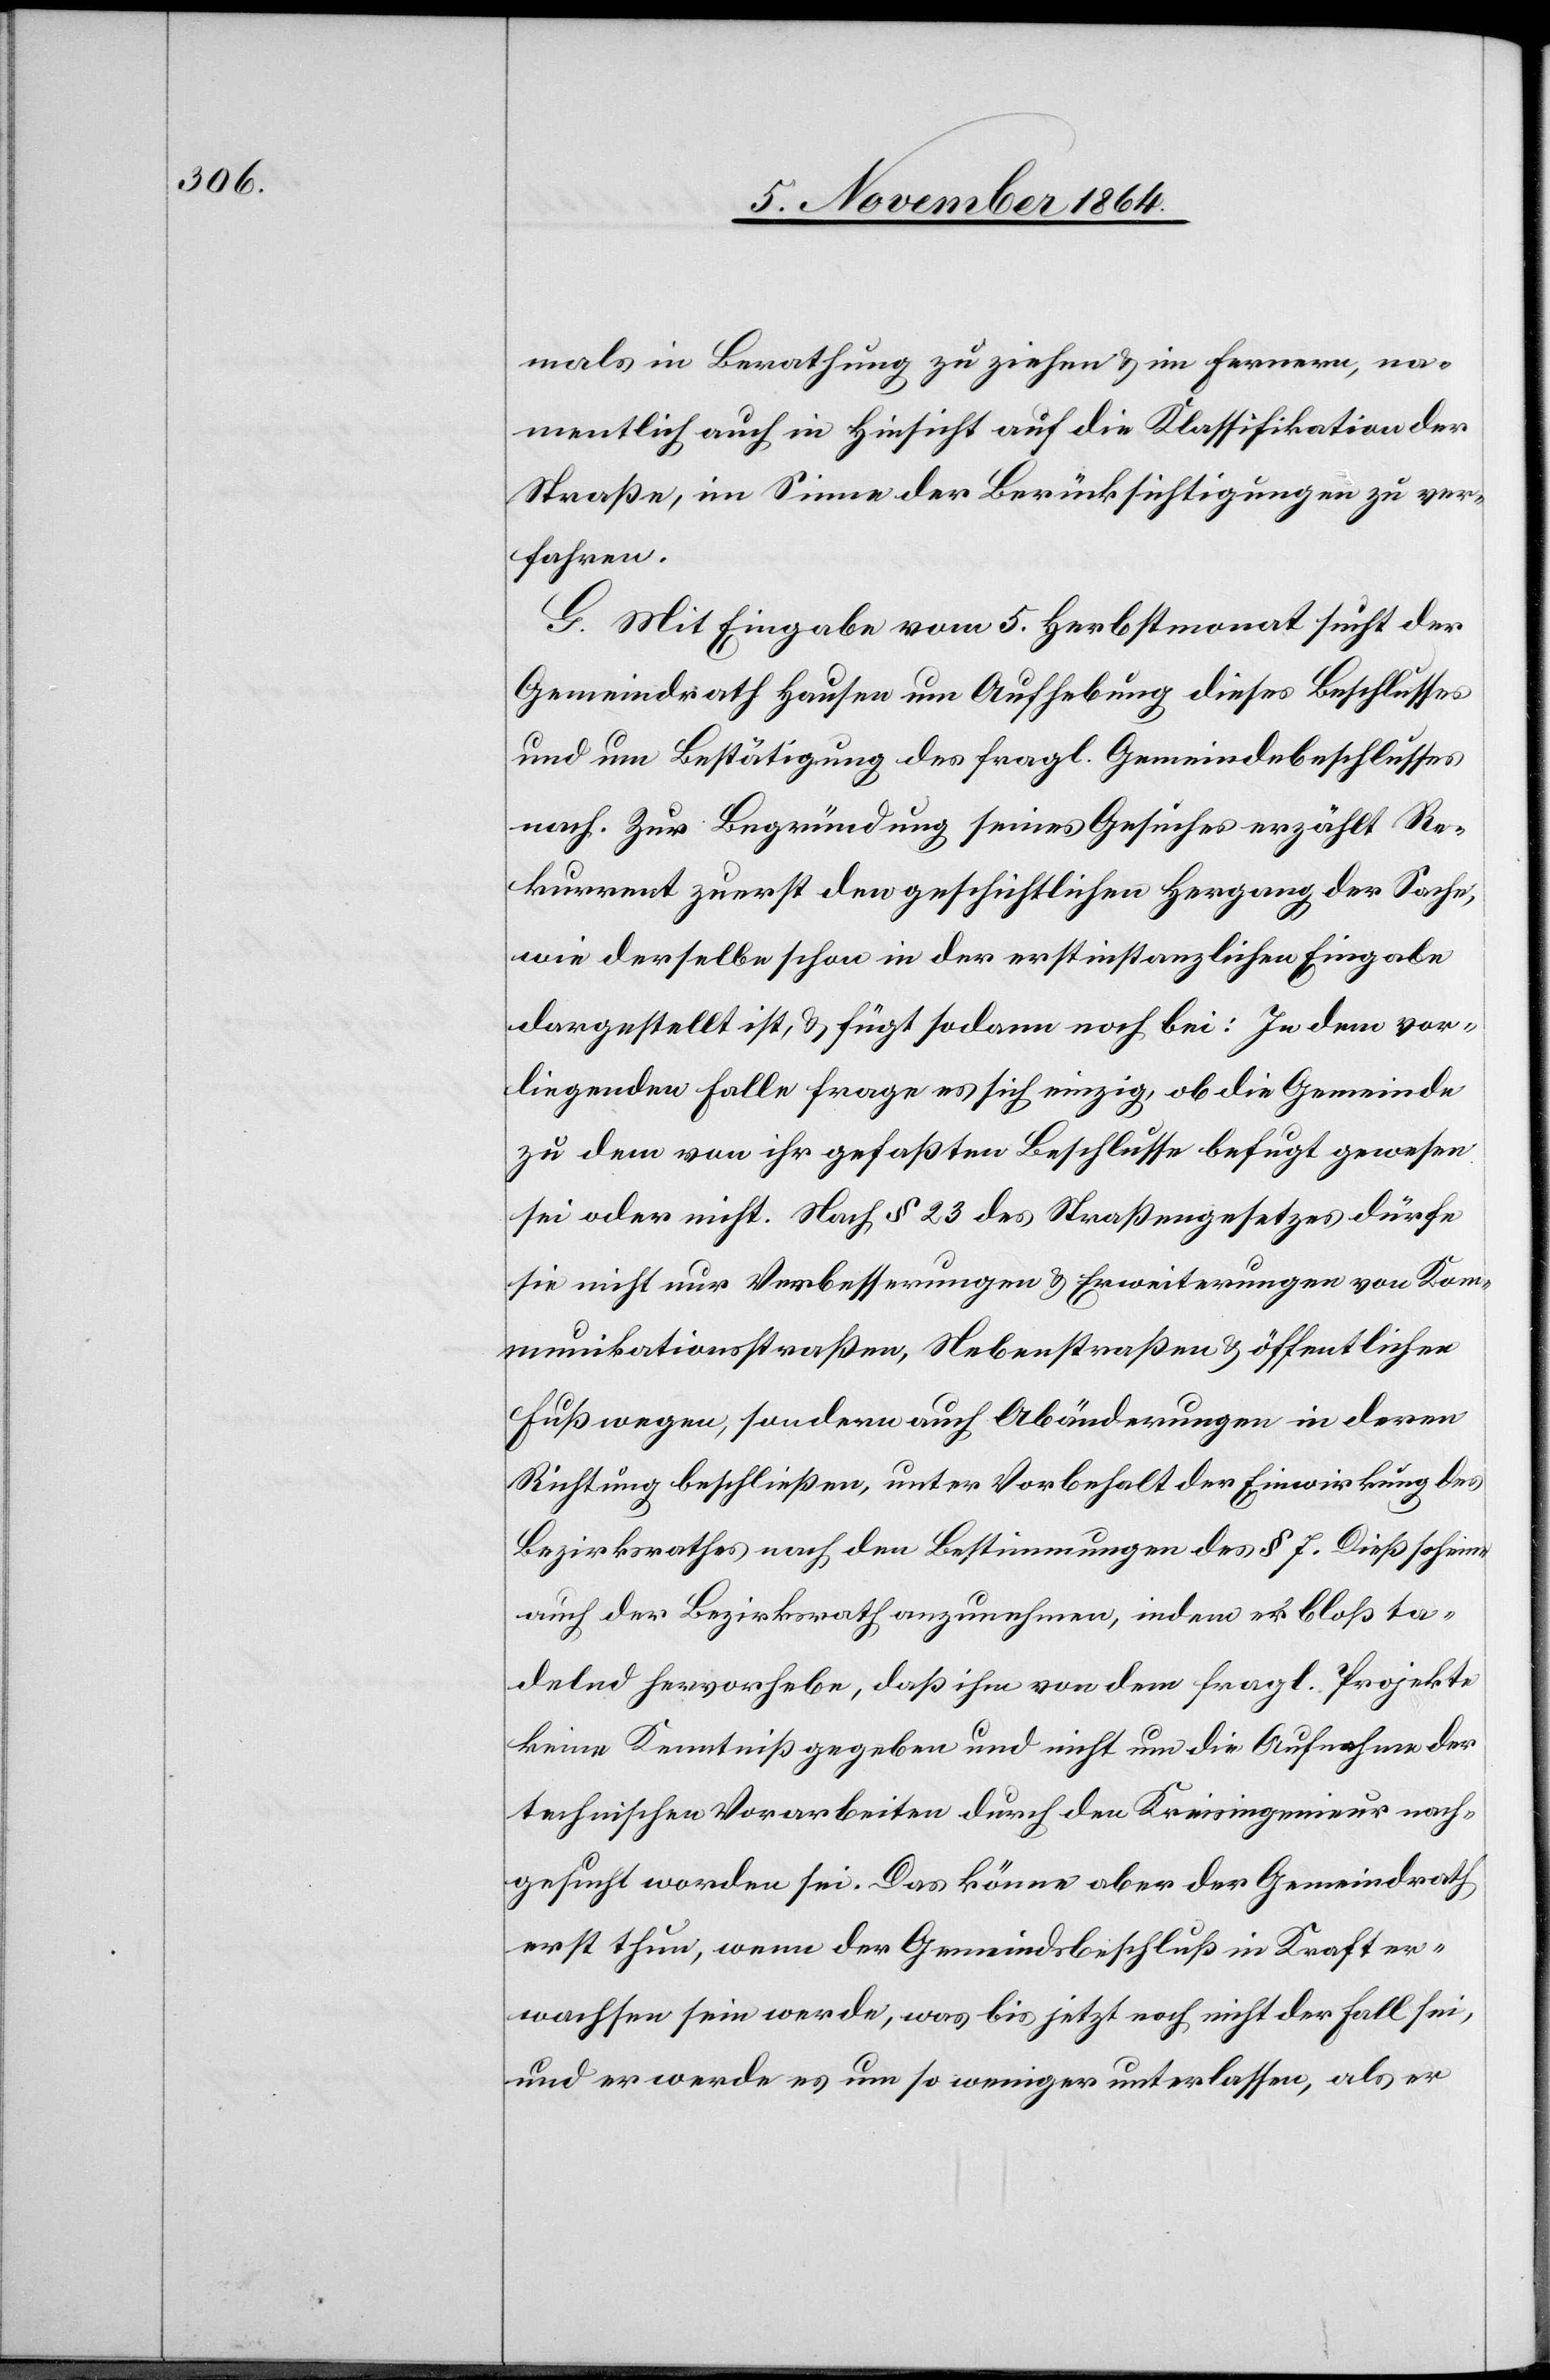
mals in Berathung zu ziehen & im Fernern, na¬
mentlich auch in Hinsicht auf die Klassifikation der
Straße, im Sinne der Berücksichtigungen zu ver¬
fahren.
G. Mit Eingabe vom 5. Herbstmonat sucht der
Gemeindrath Hausen um Aufhebung dieses Beschlusses
und um Bestätigung des fragl. Gemeindebeschlusses
nach. Zur Begründung seines Gesuches erzählt Re¬
kurrent zuerst den geschichtlichen Hergang der Sache,
wie derselbe schon in der erstinstanzlichen Eingabe
dargestellt ist, & fügt sodann noch bei: In dem vor¬
liegenden Falle frage es sich einzig, ob die Gemeinde
zu dem von ihr gefaßten Beschlusse befugt gewesen
sei oder nicht. Nach § 23 des Straßengesetztes dürfe
sie nicht nur Verbesserungen & Erweiterungen von Kom¬
munikationsstraßen, Nebenstraßen & öffentlichen
Fußwegen, sondern auch Abänderungen in deren
Richtung beschließen, unter Vorbehalt der Einwirkung des
Bezirksrathes nach den Bestimmungen des § 7. Dieß scheine
auch der Bezirksrath anzunehmen, indem er bloß ta¬
delnd hervorhebe, daß ihm von dem fragl. Projekte
keine Kenntniß gegeben und nicht um die Aufnahme der
technischen Vorarbeiten durch den Kreisingenieur nach¬
gesucht worden sei. Das könne aber der Gemeindrath
erst thun, wenn der Gemeindsbeschluß in Kraft er¬
wachsen sein werde, was bis jetzt noch nicht der Fall sei,
und er werde es um so weniger unterlassen, als er